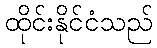
ထိုင်းနိုင်ငံသည်